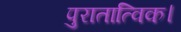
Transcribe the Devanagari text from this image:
पुरातात्विक।